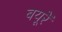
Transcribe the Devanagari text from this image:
बयूरें